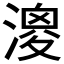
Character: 𣼺